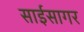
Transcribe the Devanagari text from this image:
साईसागर